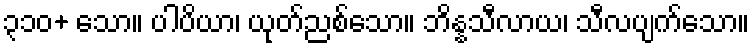
၃၁၀+ သော။ ပါပိယာ၊ ယုတ်ညစ်သော။ ဘိန္နသီလာယ၊ သီလပျက်သော။